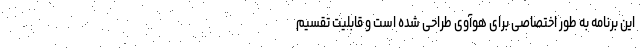
این برنامه به طور اختصاصی برای هوآوی طراحی شده است و قابلیت تقسیم